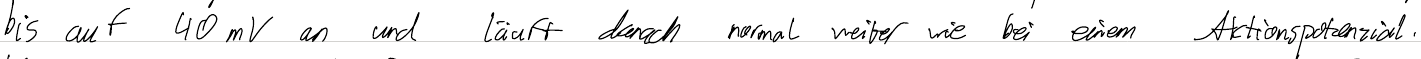
bis auf 40mV an und läuft danach normal weiter wie bei einem Aktionspotenzial.